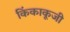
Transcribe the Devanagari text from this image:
किंकाकूजी